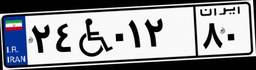
۷۱W۸۱۷۷۳